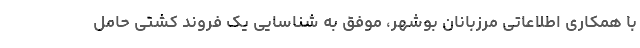
با همکاری اطلاعاتی مرزبانان بوشهر، موفق به شناسایی یک فروند کشتی حامل